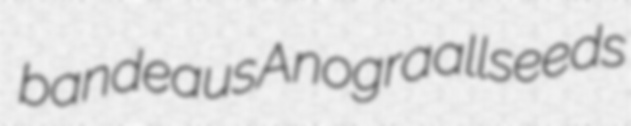
bandeaus Anogra allseeds